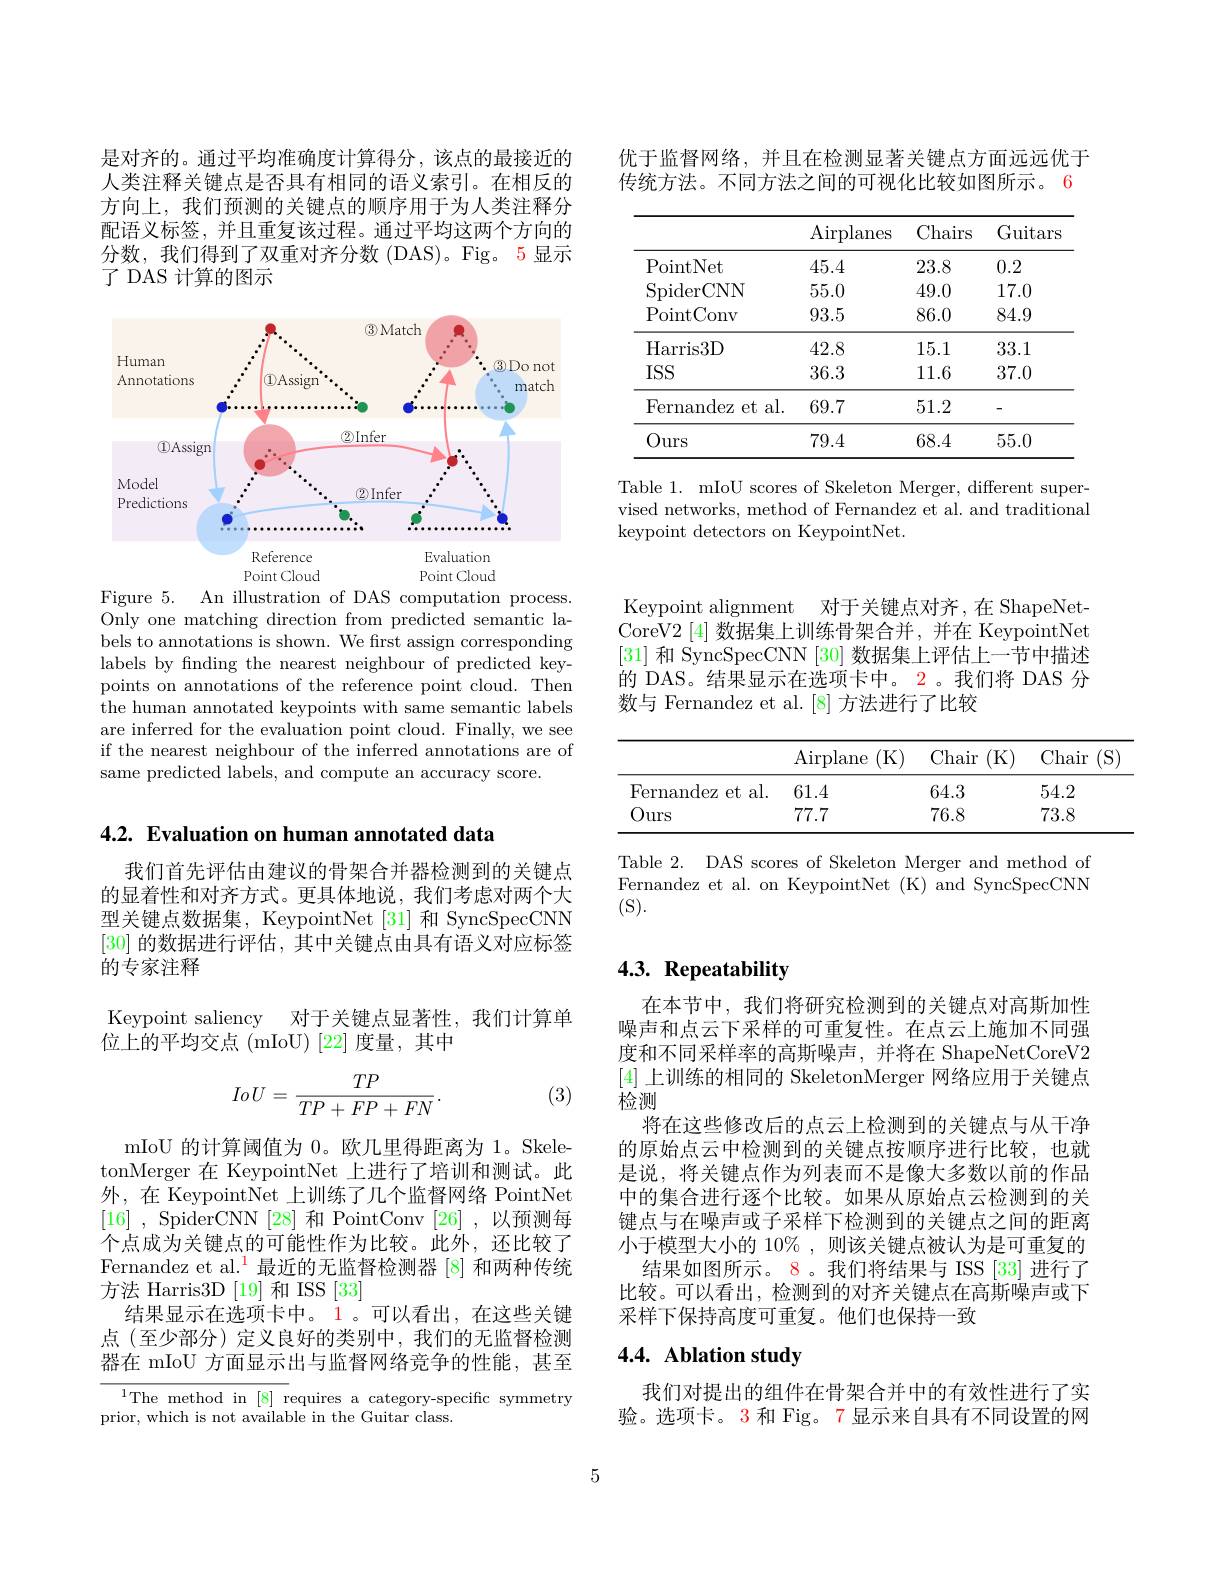
优于监督网络，并且在检测显著关键点方面远远优于传统方法。不同方法之间的可视化比较如图所示。6

<table>
	<tbody>
		<tr>
			<th> </th>
			<th>$\operatorname{Airplanes}$</th>
			<th>Chairs</th>
			<th>Guitars</th>
		</tr>
		<tr>
			<td>PointNet</td>
			<td>45.4</td>
			<td>23.8</td>
			<td>0.2</td>
		</tr>
		<tr>
			<td>SpiderCNN</td>
			<td>55.0</td>
			<td>49.0</td>
			<td>17.0</td>
		</tr>
		<tr>
			<td>PointConv</td>
			<td>93.5</td>
			<td>86.0</td>
			<td>84.9</td>
		</tr>
		<tr>
			<td>Harris3D</td>
			<td>42.8</td>
			<td>15.1</td>
			<td>33.1</td>
		</tr>
		<tr>
			<td>$ISS$</td>
			<td>36.3</td>
			<td>111.6</td>
			<td>37.0</td>
		</tr>
		<tr>
			<td>Fernandez et al.</td>
			<td>69.7</td>
			<td>51.2</td>
			<td>-</td>
		</tr>
		<tr>
			<td>Ours</td>
			<td>79.4</td>
			<td>68.4</td>
			<td>55.0</td>
		</tr>
	</tbody>
</table>

Table 1. mIoU scores of Skeleton Merger, different supervised networks, method of Fernandez et al. and traditional keypoint detectors on KeypointNet.

是对齐的。通过平均准确度计算得分，该点的最接近的人类注释关键点是否具有相同的语义索引。在相反的方向上，我们预测的关键点的顺序用于为人类注释分配语义标签，并且重复该过程。通过平均这两个方向的分数，我们得到了双重对齐分数(DAS)。Fig。5显示了 DAS 计算的图示

<FigureHere>
Figure 5. An illustration of DAS computation process.

Only one matching direction from predicted semantic labels to annotations is shown. We first assign corresponding labels by finding the nearest neighbour of predicted keypoints on annotations of the reference point cloud. Then the human annotated keypoints with same semantic labels are inferred for the evaluation point cloud. Finally, we see if the nearest neighbour of the inferred annotations are of same predicted labels, and compute an accuracy score.

4.2. Evaluation on human annotated data

我们首先评估由建议的骨架合并器检测到的关键点的显着性和对齐方式。更具体地说，我们考虑对两个大型关键点数据集，KeypointNet[31] 和 SyncSpecCNN [30]的数据进行评估，其中关键点由具有语义对应标签的专家注释

Keypoint saliency 对于关键点显著性，我们计算单
位上的平均交点(mIoU)[22]度量，其中
$$IoU=\frac{TP}{TP+FP+FN}.$$
(3)

mIoU 的计算阈值为0。欧几里得距离为 1。SkeletonMerger 在 KeypointNet 上进行了培训和测试。此外，在 KeypointNet 上训练了几个监督网络 PointNet [16] , SpiderCNN [28] 和 PointConv [26] ,以预测每个点成为关键点的可能性作为比较。此外，还比较了Fernandez et al.$^{\color{red}1}$最近的无监督检测器 [8] 和两种传统方法 Harris3D [19] 和 ISS [33]
结果显示在选项卡中。1。可以看出，在这些关键点(至少部分)定义良好的类别中，我们的无监督检测器在 mIoU 方面显示出与监督网络竞争的性能，甚至

${\overline{{^{1}\text{The method in [8] r}}}}$equires a category-specific symmetry
prior, which is not available in the Guitar class.

Keypoint alignment 对于关键点对齐，在 ShapeNet CoreV2 [4]数据集上训练骨架合并，并在 KeypointNet [31]和 SyncSpecCNN [30] 数据集上评估上一节中描述的 DAS。结果显示在选项卡中。2。我们将 DAS 分数与 Fernandez et al. [8] 方法进行了比较

<table>
	<tbody>
		<tr>
			<th> </th>
			<th>Airplane (K)</th>
			<th>Chair (K)</th>
			<th>Chair (S)</th>
		</tr>
		<tr>
			<td>Fernandez et a al.</td>
			<td>61.4</td>
			<td>64.3</td>
			<td>54.2</td>
		</tr>
		<tr>
			<td>Ours</td>
			<td>77.7</td>
			<td>76.8</td>
			<td>73.8</td>
		</tr>
	</tbody>
</table>

Table 2. DAS scores of Skeleton Merger and method of Fernandez et al. on KeypointNet (K) and SyncSpecCNN (S).

## $4. 3. \textbf{ Repeatability}$

在本节中，我们将研究检测到的关键点对高斯加性噪声和点云下采样的可重复性。在点云上施加不同强度和不同采样率的高斯噪声，并将在 ShapeNetCoreV2 [4]上训练的相同的 SkeletonMerger 网络应用于关键点检测
将在这些修改后的点云上检测到的关键点与从干净的原始点云中检测到的关键点按顺序进行比较，也就是说，将关键点作为列表而不是像大多数以前的作品中的集合进行逐个比较。如果从原始点云检测到的关键点与在噪声或子采样下检测到的关键点之间的距离小于模型大小的 10%,则该关键点被认为是可重复的
结果如图所示。8。我们将结果与 ISS [33] 进行了比较。可以看出，检测到的对齐关键点在高斯噪声或下采样下保持高度可重复。他们也保持一致

## 4.4. Ablation study

我们对提出的组件在骨架合并中的有效性进行了实验。选项卡。3 和 Fig。7 显示来自具有不同设置的网

5